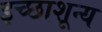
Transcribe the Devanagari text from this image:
इच्छाशून्य